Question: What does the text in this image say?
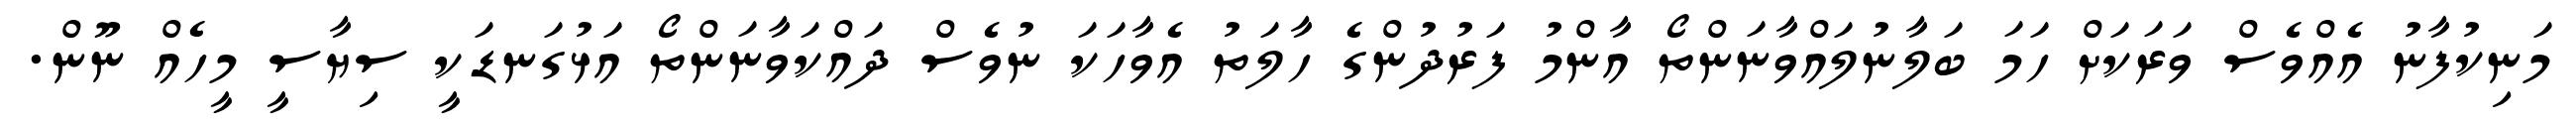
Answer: މަނިކުފާނު އެއްވެސް ވަރަކަށް ހަމަ ބަލާނުލައްވާނަންތޯ އާންމު ފަރުދުންގެ ހާލަތު އެވާހަކަ ނުވެސް ދައްކަވާނަންތޯ އަޅުގަނޑަކީ ސިޔާސީ މީހެއް ނޫން.